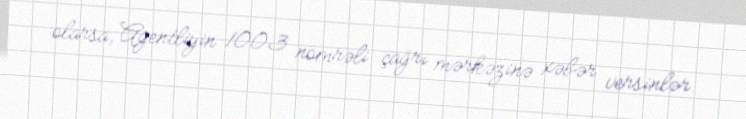
olarsa, Agentliyin 1003 nömrəli çağrı mərkəzinə xəbər versinlər.